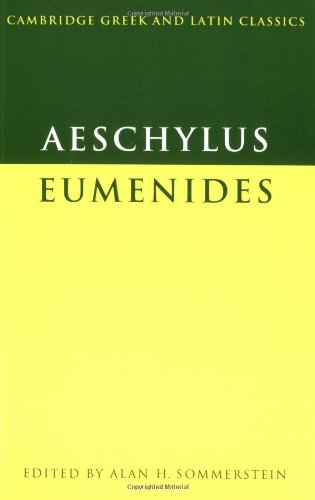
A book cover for Aeschylus: Eumenides (Cambridge Greek and Latin Classics); Aeschylus; Humor & Entertainment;